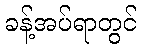
ခန့်အပ်ရာတွင်